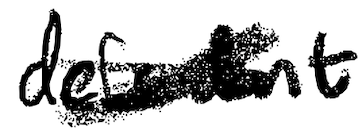
Text: defendant
Cross-out: cross
Writing tool: digital_black